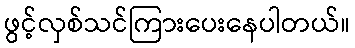
ဖွင့်လှစ်သင်ကြားပေးနေပါတယ်။